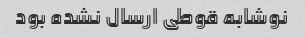
نوشابه قوطی ارسال نشده بود